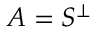
A = S ^ { \perp }